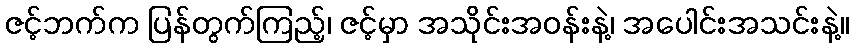
ဇင့်ဘက်က ပြန်တွက်ကြည့်၊ ဇင့်မှာ အသိုင်းအဝန်းနဲ့၊ အပေါင်းအသင်းနဲ့။